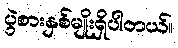
ပွဲစားနှစ်မျိုးရှိပါတယ်။